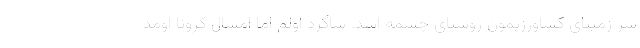
سر زمینای کشاورزیمون روستای چشمه اسد. شاگرد اولم اما امسال کرونا اومد